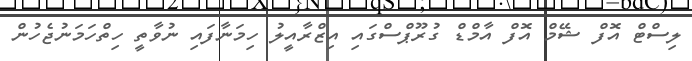
ލިސްޓް އޮފް ޝޭމް އޮފް އާމްޑް ގުރޫޕްސްގައި އިޒްރާއީލު ހިމަނާފައި ނުވާތީ ހިތްހަމަނުޖެހުން